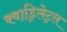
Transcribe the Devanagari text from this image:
क्वाड्रिलेट्रल